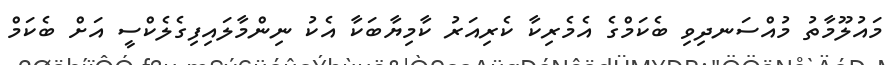
މައުލޫމާތު މުއްސަނދިވި ބެކަމްގެ އެމެރިކާ ކެރިއަރު ކާމިޔާބަކާ އެކު ނިންމާލައިފިގެލެކްސީ އަށް ބެކަމް